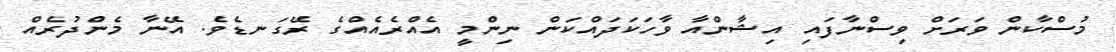
މުސްކާން ވަރަށް ވިސްނާފައި އިޝާންއާ ވާހަކަދައްކަން ނިންމީ އެއްރެއެއްގެ ރޭގަނޑެވެ. އޭނާ މެންދުރެއް